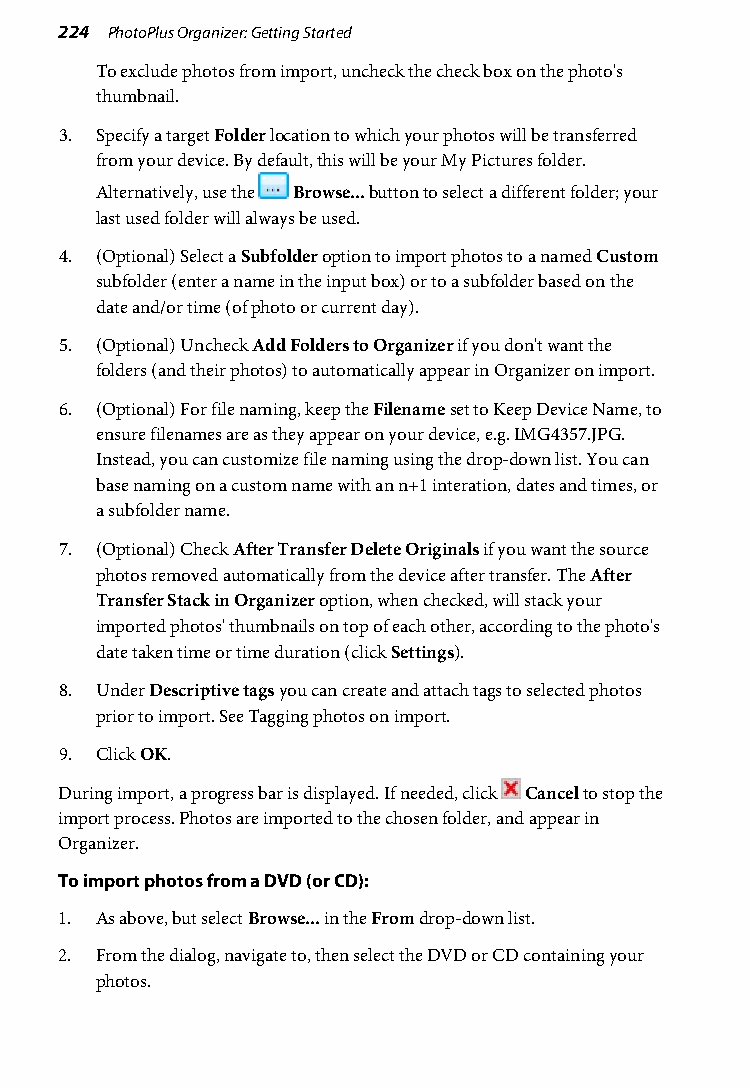
224 PhotoPlus Organizer: Getting Started
 To exclude photos from import, uncheck the check box on the photo's
 thumbnail.
 3. Specify a target Folder location to which your photos will be transferred
 from your device. By default, this will be your My Pictures folder.
 Alternatively, use the Browse... button to select a different folder; your
 last used folder will always be used.
 4. (Optional) Select a Subfolder option to import photos to a named Custom
 subfolder (enter a name in the input box) or to a subfolder based on the
 date and/or time (of photo or current day).
 5. (Optional) Uncheck Add Folders to Organizer if you don't want the
 folders (and their photos) to automatically appear in Organizer on import.
 6. (Optional) For file naming, keep the Filename set to Keep Device Name, to
 ensure filenames are as they appear on your device, e.g. IMG4357.JPG.
 Instead, you can customize file naming using the drop-down list. You can
 base naming on a custom name with an n+1 interation, dates and times, or
 a subfolder name.
 7. (Optional) Check After Transfer Delete Originals if you want the source
 photos removed automatically from the device after transfer. The After
 Transfer Stack in Organizer option, when checked, will stack your
 imported photos' thumbnails on top of each other, according to the photo's
 date taken time or time duration (click Settings).
 8. Under Descriptive tags you can create and attach tags to selected photos
 prior to import. See Tagging photos on import.
 9. Click OK.
 During import, a progress bar is displayed. If needed, click Cancel to stop the
 import process. Photos are imported to the chosen folder, and appear in
 Organizer.
 To import photos from a DVD (or CD):
 1. As above, but select Browse... in the From drop-down list.
 2. From the dialog, navigate to, then select the DVD or CD containing your
 photos.